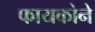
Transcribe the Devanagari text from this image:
फायकोने